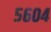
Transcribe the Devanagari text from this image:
५६०४